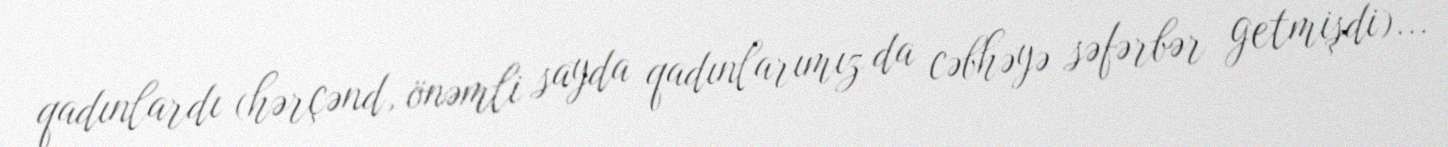
qadınlardı (hərçənd, önəmli sayda qadınlarımız da cəbhəyə səfərbər getmişdi)...